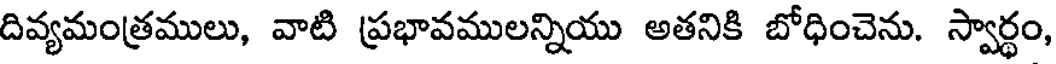
దివ్యమంత్రములు, వాటి ప్రభావములన్నియు అతనికి బోధించెను. స్వార్థం,